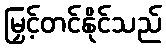
မြှင့်တင်နိုင်သည်